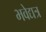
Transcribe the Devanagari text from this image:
भवेद्यत्र